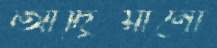
আদ্রিয়ানো